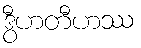
ဒွီဟတီဟဿ